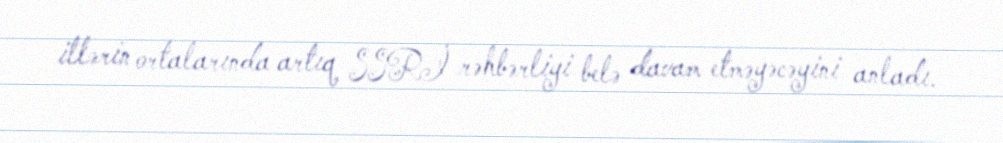
illərin ortalarında artıq SSRİ rəhbərliyi belə davam etməyəcəyini anladı.